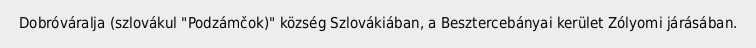
Dobróváralja (szlovákul "Podzámčok)" község Szlovákiában, a Besztercebányai kerület Zólyomi járásában.